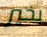
بخير